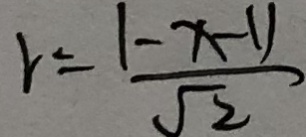
r = \frac { \vert - x - 1 \vert } { \sqrt { 2 } }